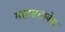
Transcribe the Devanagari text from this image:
महासत्ताकेंद्र